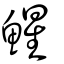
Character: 鯹